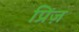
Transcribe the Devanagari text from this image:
प्रिंज़